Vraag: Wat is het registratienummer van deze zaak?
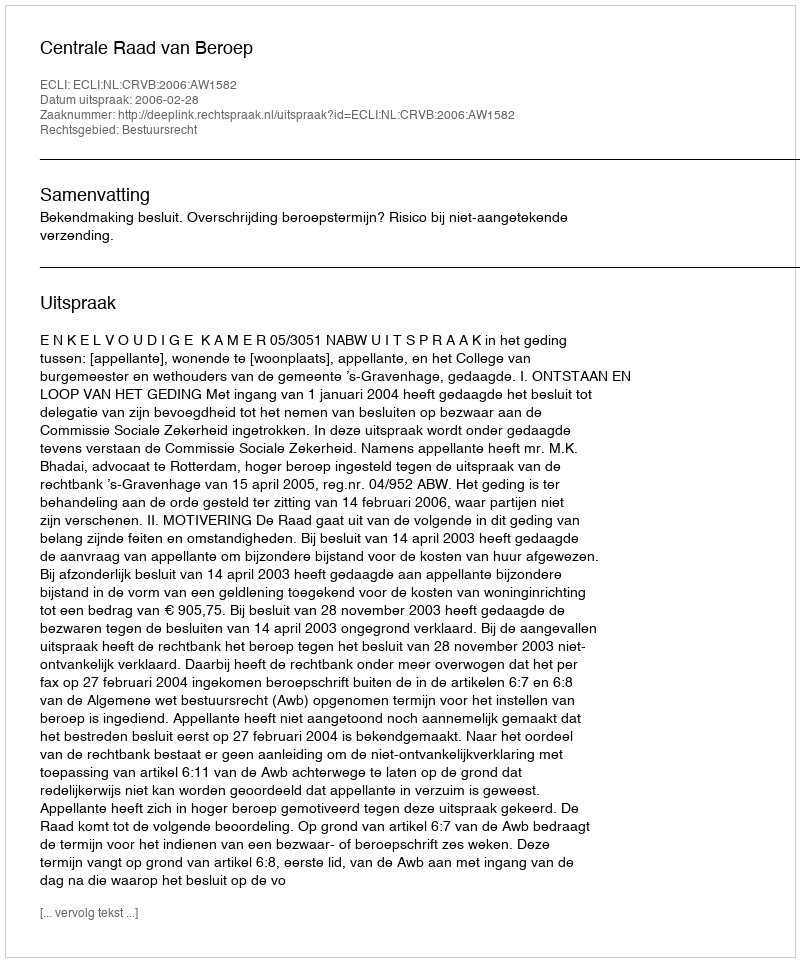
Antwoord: http://deeplink.rechtspraak.nl/uitspraak?id=ECLI:NL:CRVB:2006:AW1582